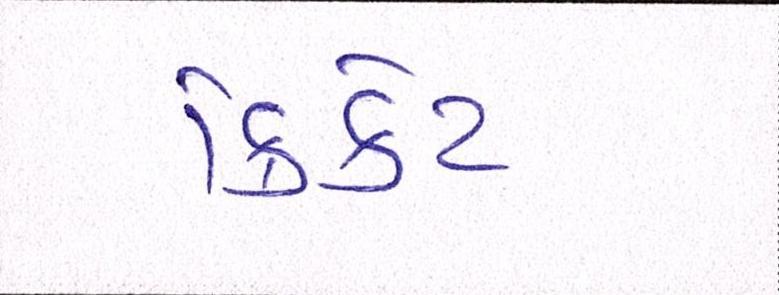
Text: ક્રિકેટ